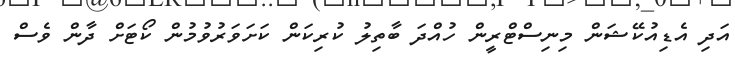
އަދި އެޑިއުކޭޝަން މިނިސްޓްރީން ހުއްދަ ބާތިލު ކުރިކަން ކަށަވަރުވުމުން ކޯޓަށް ދާން ވެސް